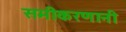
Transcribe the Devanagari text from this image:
समीकरणानी